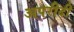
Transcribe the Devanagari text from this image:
अपरीदी